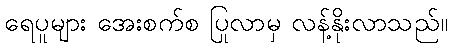
ရေပူများ အေးစက်စ ပြုလာမှ လန့်နိုးလာသည်။